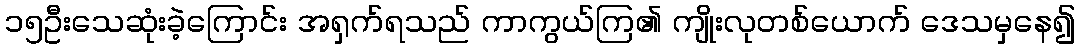
၁၅ဦးသေဆုံးခဲ့ကြောင်း အရှက်ရသည် ကာကွယ်ကြ၏ ကျိုးလုတစ်ယောက် ဒေသမှနေ၍